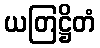
ယတြဋ္ဌိတံ